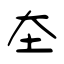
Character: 圶